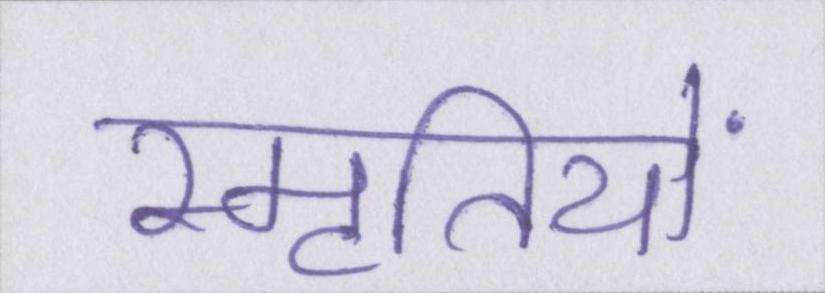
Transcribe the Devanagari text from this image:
स्मृतियों